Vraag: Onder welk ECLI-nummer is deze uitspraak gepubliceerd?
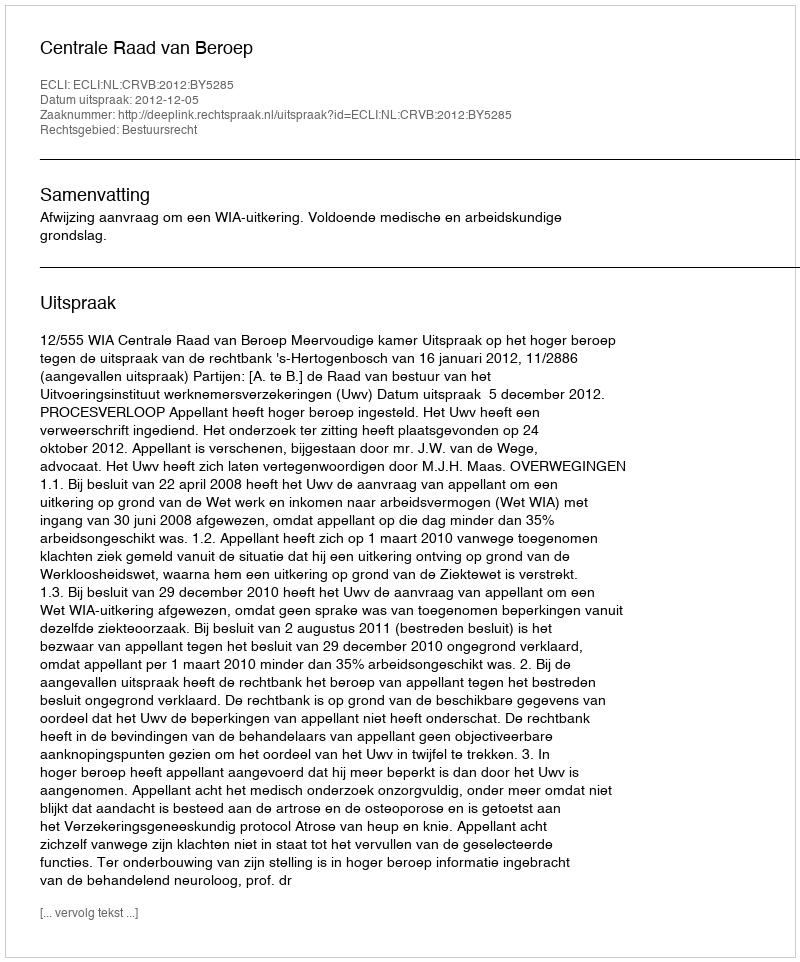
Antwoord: ECLI:NL:CRVB:2012:BY5285